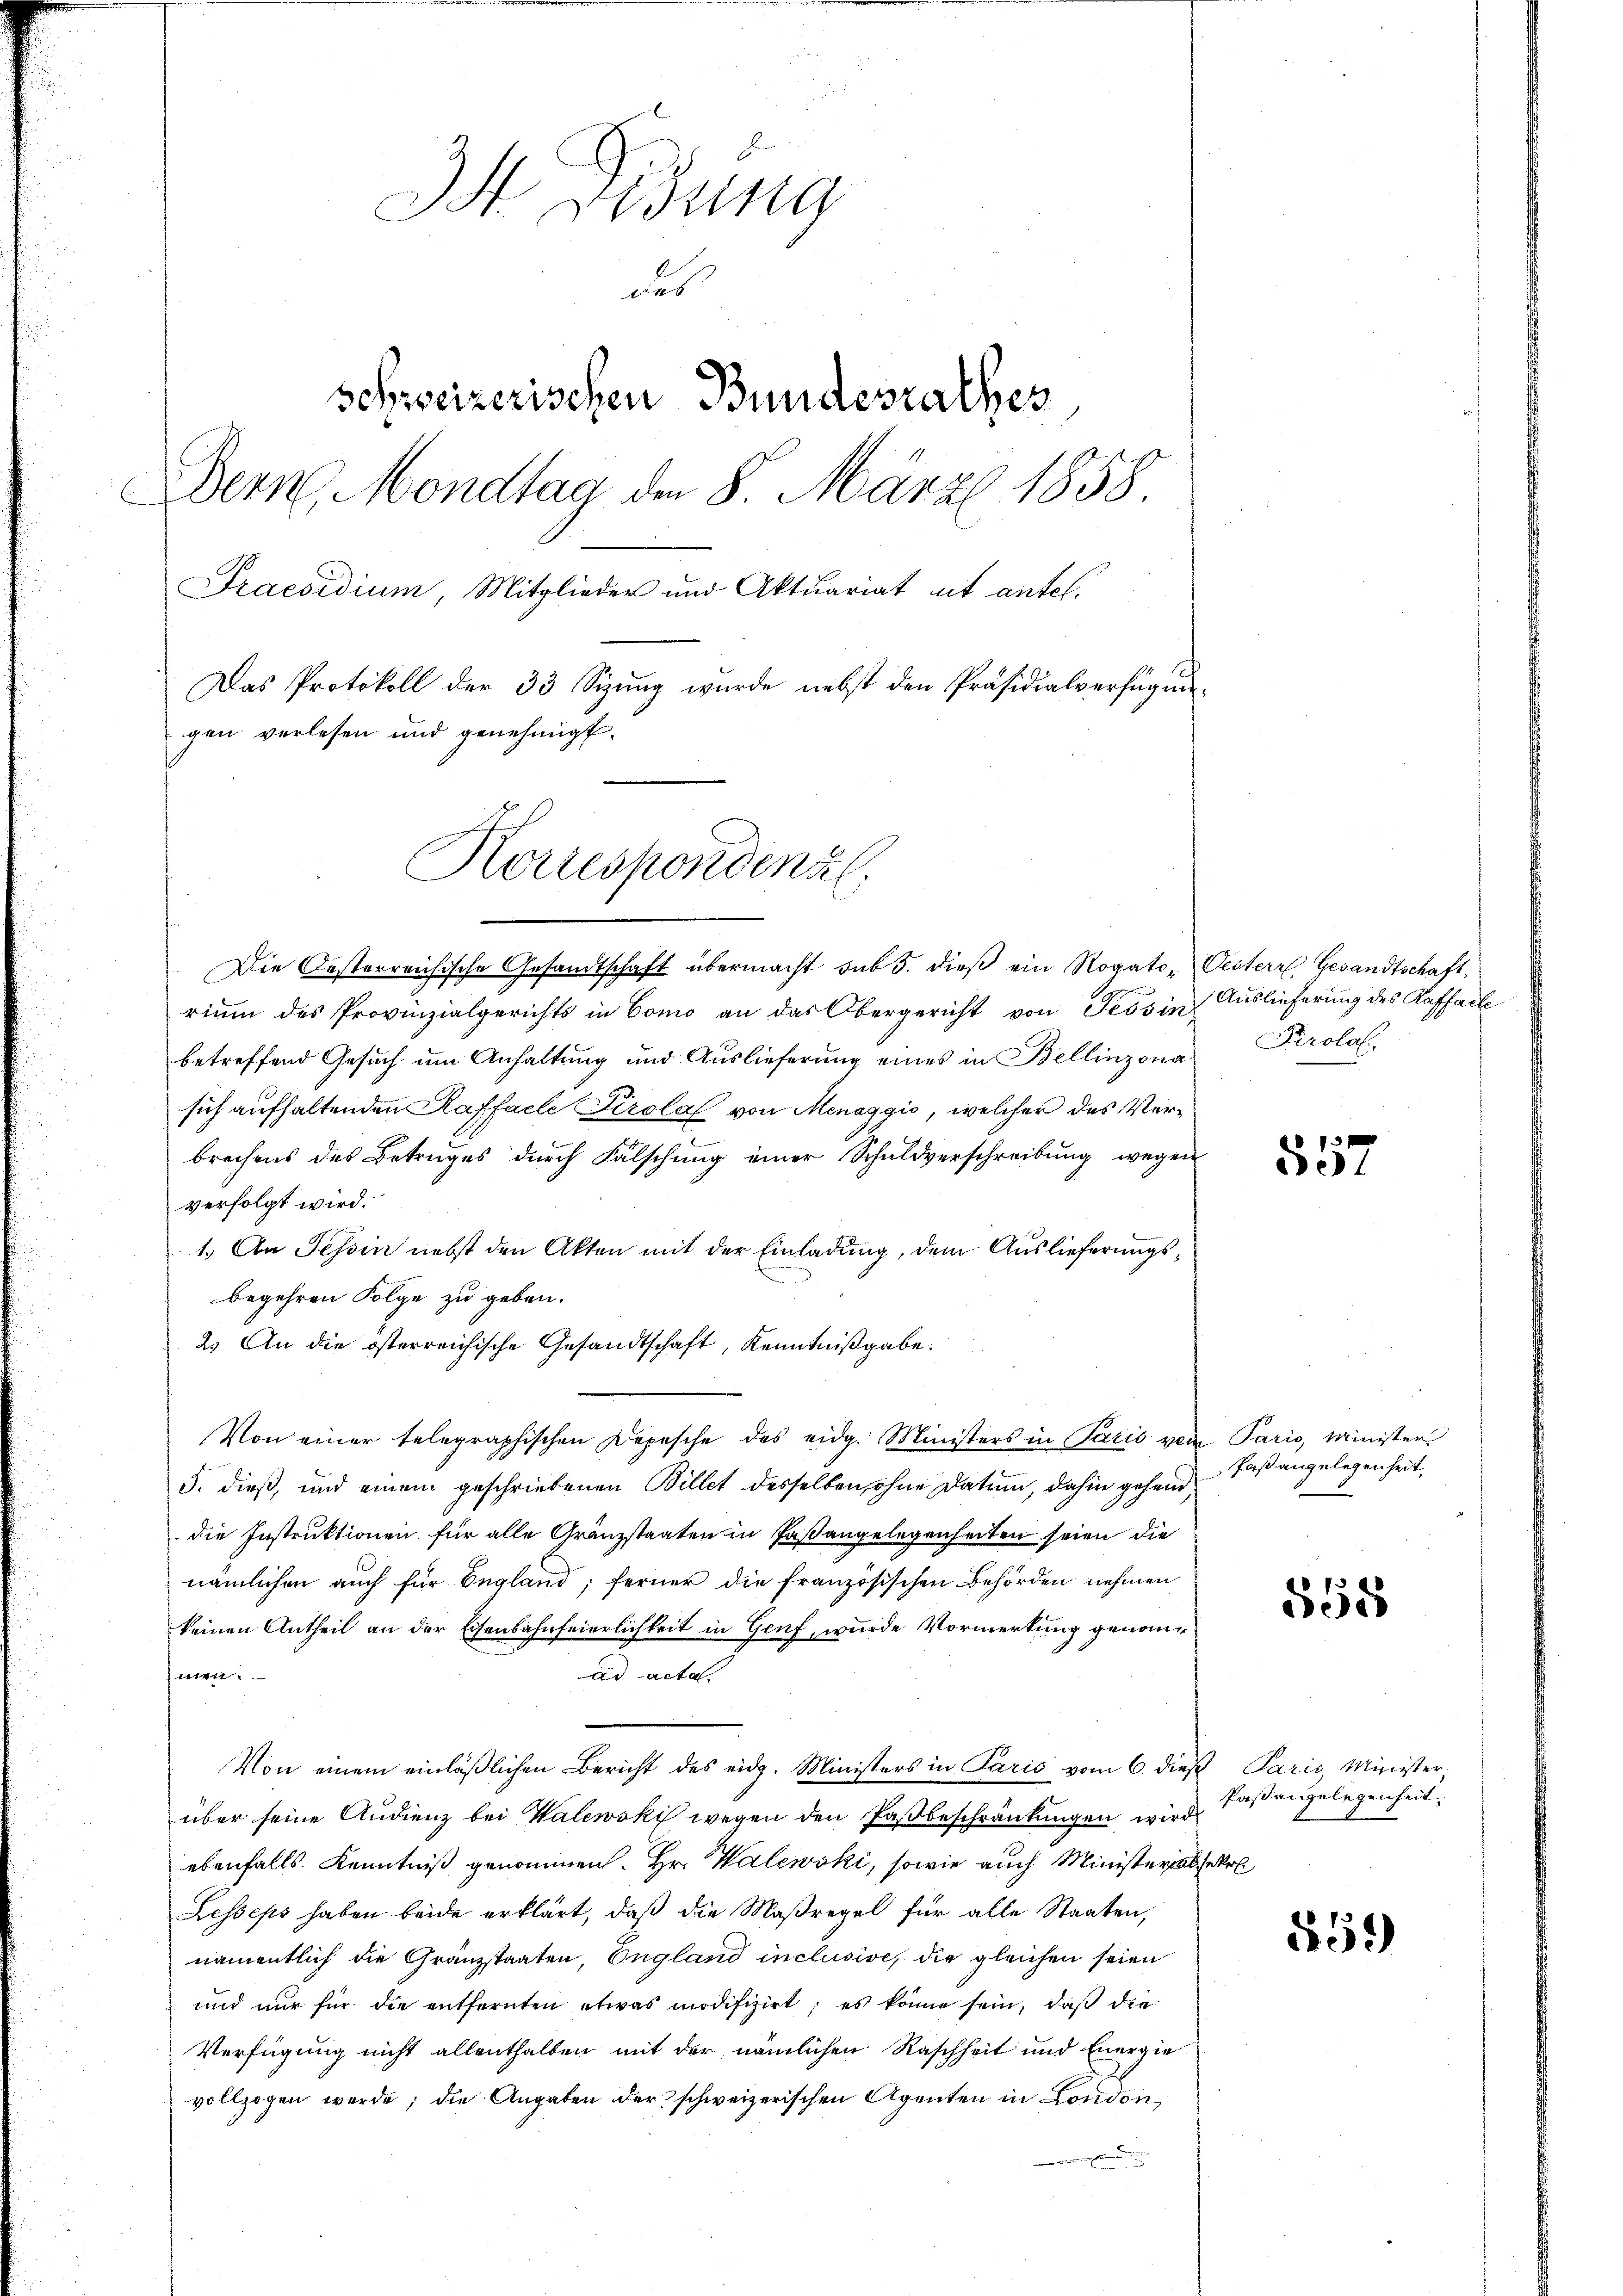
I Didung
aus
schweizerischen Bundesrathes
Dern, Mondtag den 8. März 1858
Praesidium, Mitglieder und Aktuariat ut antel.
Das Protokoll der 33 Sizung wurde nebst den Präsidialverfügungen verlesen und genehmigt.
Korrespondenz

Die Oesterreichische Gesandtschaft übermacht sub 5. dieβ ein Rogato- Oesterr Gesandtschaft,
rium des Provinzialgerichts in Como an das Obergericht von Tessin Auslieferung des Raffalle
betreffend Gesuch um Anhaltung und Auslieferung eines in Bellinzona Krolal
sich aufhaltenden Raffacle Tirolal von Menaggio, welcher des Verbrechens des Betruges durch Fälschung einer Schuldverschreibung wegen
verfolgt wird.
1.) An Tessin nebst den Akten mit der Einladung, dem Auslieferungsbegehren Folge zu geben.
2. An die österreichische Gesandtschaft, Kenntnißgabe.
Von einer telegraphischen Depesche des eidg. Ministers in Paris von Paris, Minister
S. dieß, und einem geschriebenen Billet desselben, ohne Datum, dahin gehend
die Instruktionen für alle Gränzstaaten in Paßangelegenheiten seien die
nämlichen auch für England; ferner die französischen Behörden nehmen
keinen Antheil an der Eisenbahnfeierlichkeit in Genf, wurde Vormerkung genommen.
ad actal.
Von einem einläβlichen Bericht des eidg. Ministers in Paris vom 6. dieβ Paris, Minister,
über seine Audienz bei Walewski wegen den Paßbeschränkungen wird
ebenfalls Kenntniß genommen. Hr. Walewski, sowie auch Ministerialsekr
Lesseps haben beide erklärt, daß die Maßregel für alle Staaten,
namentlich die Gränzstaaten, England inclusive, die gleichen seien
und nur für die entfernten etwas modifizirt; es könne sein, daß die
Verfügung nicht allenthalten mit der nämlichen Raschheit und Energie
vollzogen werde; die Angaben der schweizerischen Agenten in London,
u

3
551

Paßangelegenheit,

555

Paßangelegenheit.

559